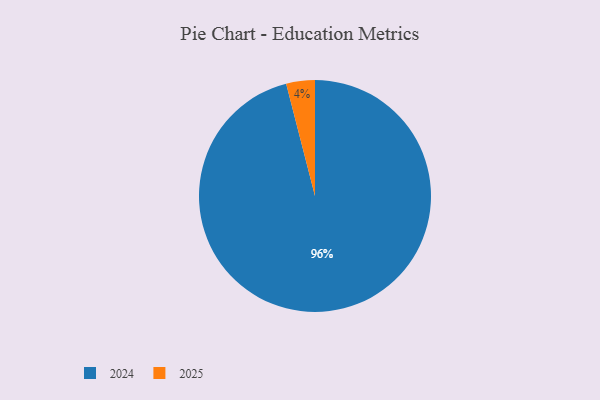
{"axis": {"x": "Category", "y": "Percentage"}, "legend": ["2024", "2025"], "data": [{"x": "2024", "y": 96, "type": "2024"}, {"x": "2025", "y": 4, "type": "2025"}]}